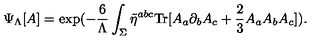
\Psi _ { \Lambda } [ A ] = \mathrm { e x p } ( - \frac { 6 } { \Lambda } \int _ { \Sigma } \tilde { \eta } ^ { a b c } \mathrm { T r } [ A _ { a } \partial _ { b } A _ { c } + \frac { 2 } { 3 } A _ { a } A _ { b } A _ { c } ] ) .